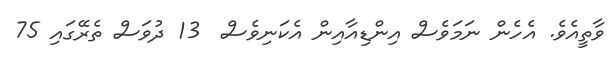
ވާތީއެވެ. އެހެން ނަމަވެސް އިންޑިއާއިން އެކަނިވެސް  13 ދުވަސް ތެރޭގައި 75